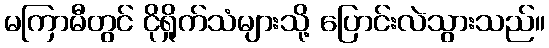
မကြာမီတွင် ငိုရှိုက်သံများသို့ ပြောင်းလဲသွားသည်။